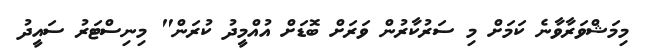
މިމަޝްވަރާވާނެ ކަމަށް މި ސަރުކާރުން ވަރަށް ބޮޑަށް އުއްމީދު ކުރަން" މިނިސްޓަރު ސައީދު